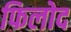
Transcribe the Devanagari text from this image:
फिलोद